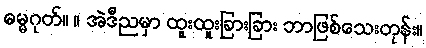
ဓမ္မဂုတ်။ ။ အဲဒီညမှာ ထူးထူးခြားခြား ဘာဖြစ်သေးတုန်း။